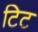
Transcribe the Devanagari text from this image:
टिट